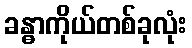
ခန္ဓာကိုယ်တစ်ခုလုံး